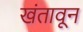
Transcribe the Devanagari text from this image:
खंतावून